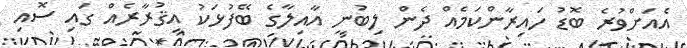
އެއަށްވުރެ ބޮޑު ހައިރާންކަމެއް ދެން ލިބުނީ އާއިލާގެ ބޭފުޅަކު އިޤުރާރެއް ގައި ސޮއި